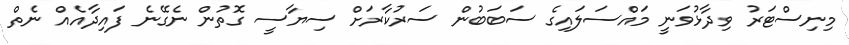
މިނިސްޓަރު ވިދާޅުވަނީ މައްސަލައިގެ ސަބަބުން ސަރުކާރަށް ސިޔާސީ ގޮތުން ނެގޭނެ ފައިދާއެއް ނެތް